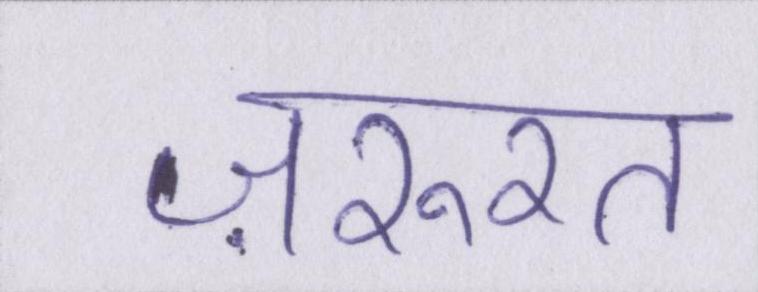
ज़रुरत